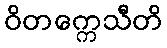
ဝိတက္ကေသီတိ